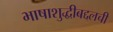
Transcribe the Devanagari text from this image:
भाषाशुद्धीबद्दलची